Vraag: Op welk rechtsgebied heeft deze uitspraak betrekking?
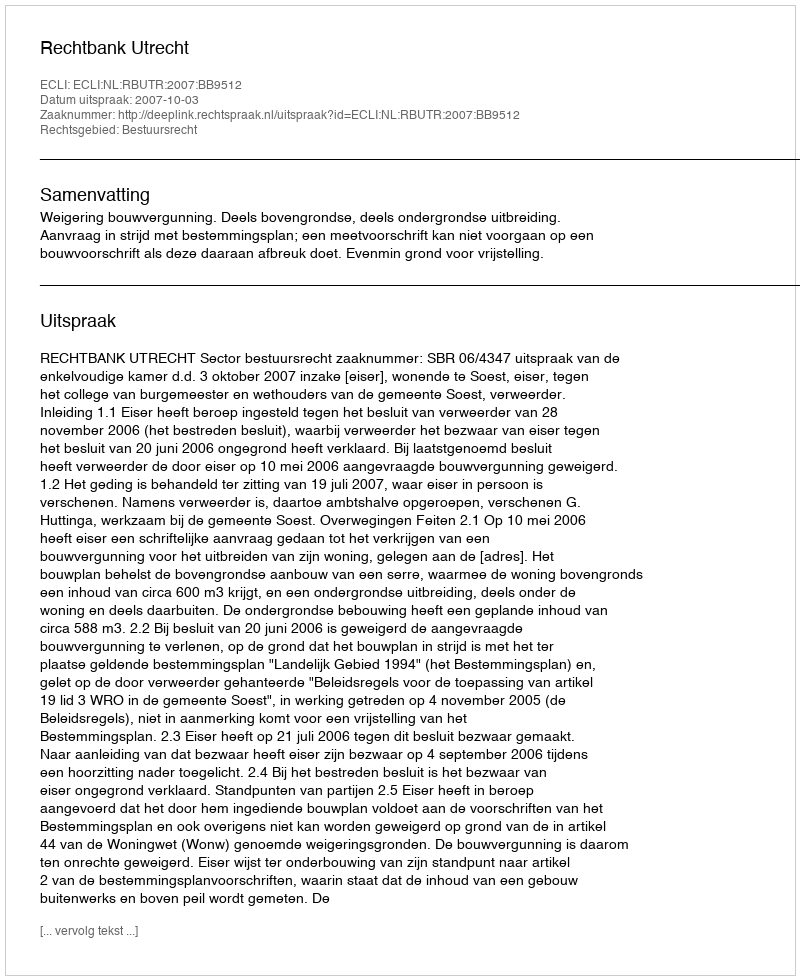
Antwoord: Bestuursrecht